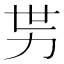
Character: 𱐭